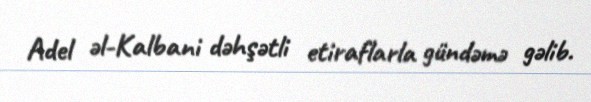
Adel əl-Kalbani dəhşətli etiraflarla gündəmə gəlib.